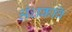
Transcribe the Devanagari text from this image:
अंधकवि